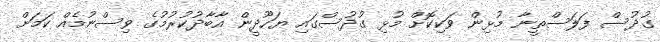
ގުދުސް ފަލަސްތީނާ މުޅިން ވަކިކޮށް މުޅި ގުދުސްގައި ޔަހޫދީން އާބާދުކުރުމުގެ ވިސްނުމެއް ކަމަށް